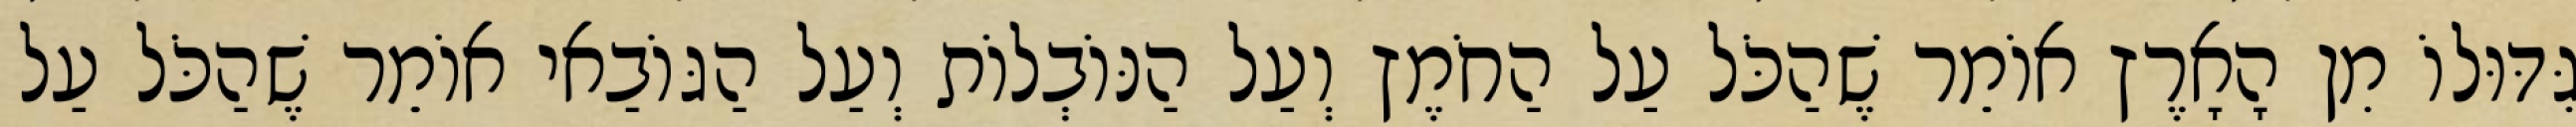
גִּדּוּלוֹ מִן הָאָרֶץ אוֹמֵר שֶׁהַכֹּל עַל הַחֹמֶץ וְעַל הַנּוֹבְלוֹת וְעַל הַגּוֹבַאי אוֹמֵר שֶׁהַכֹּל עַל